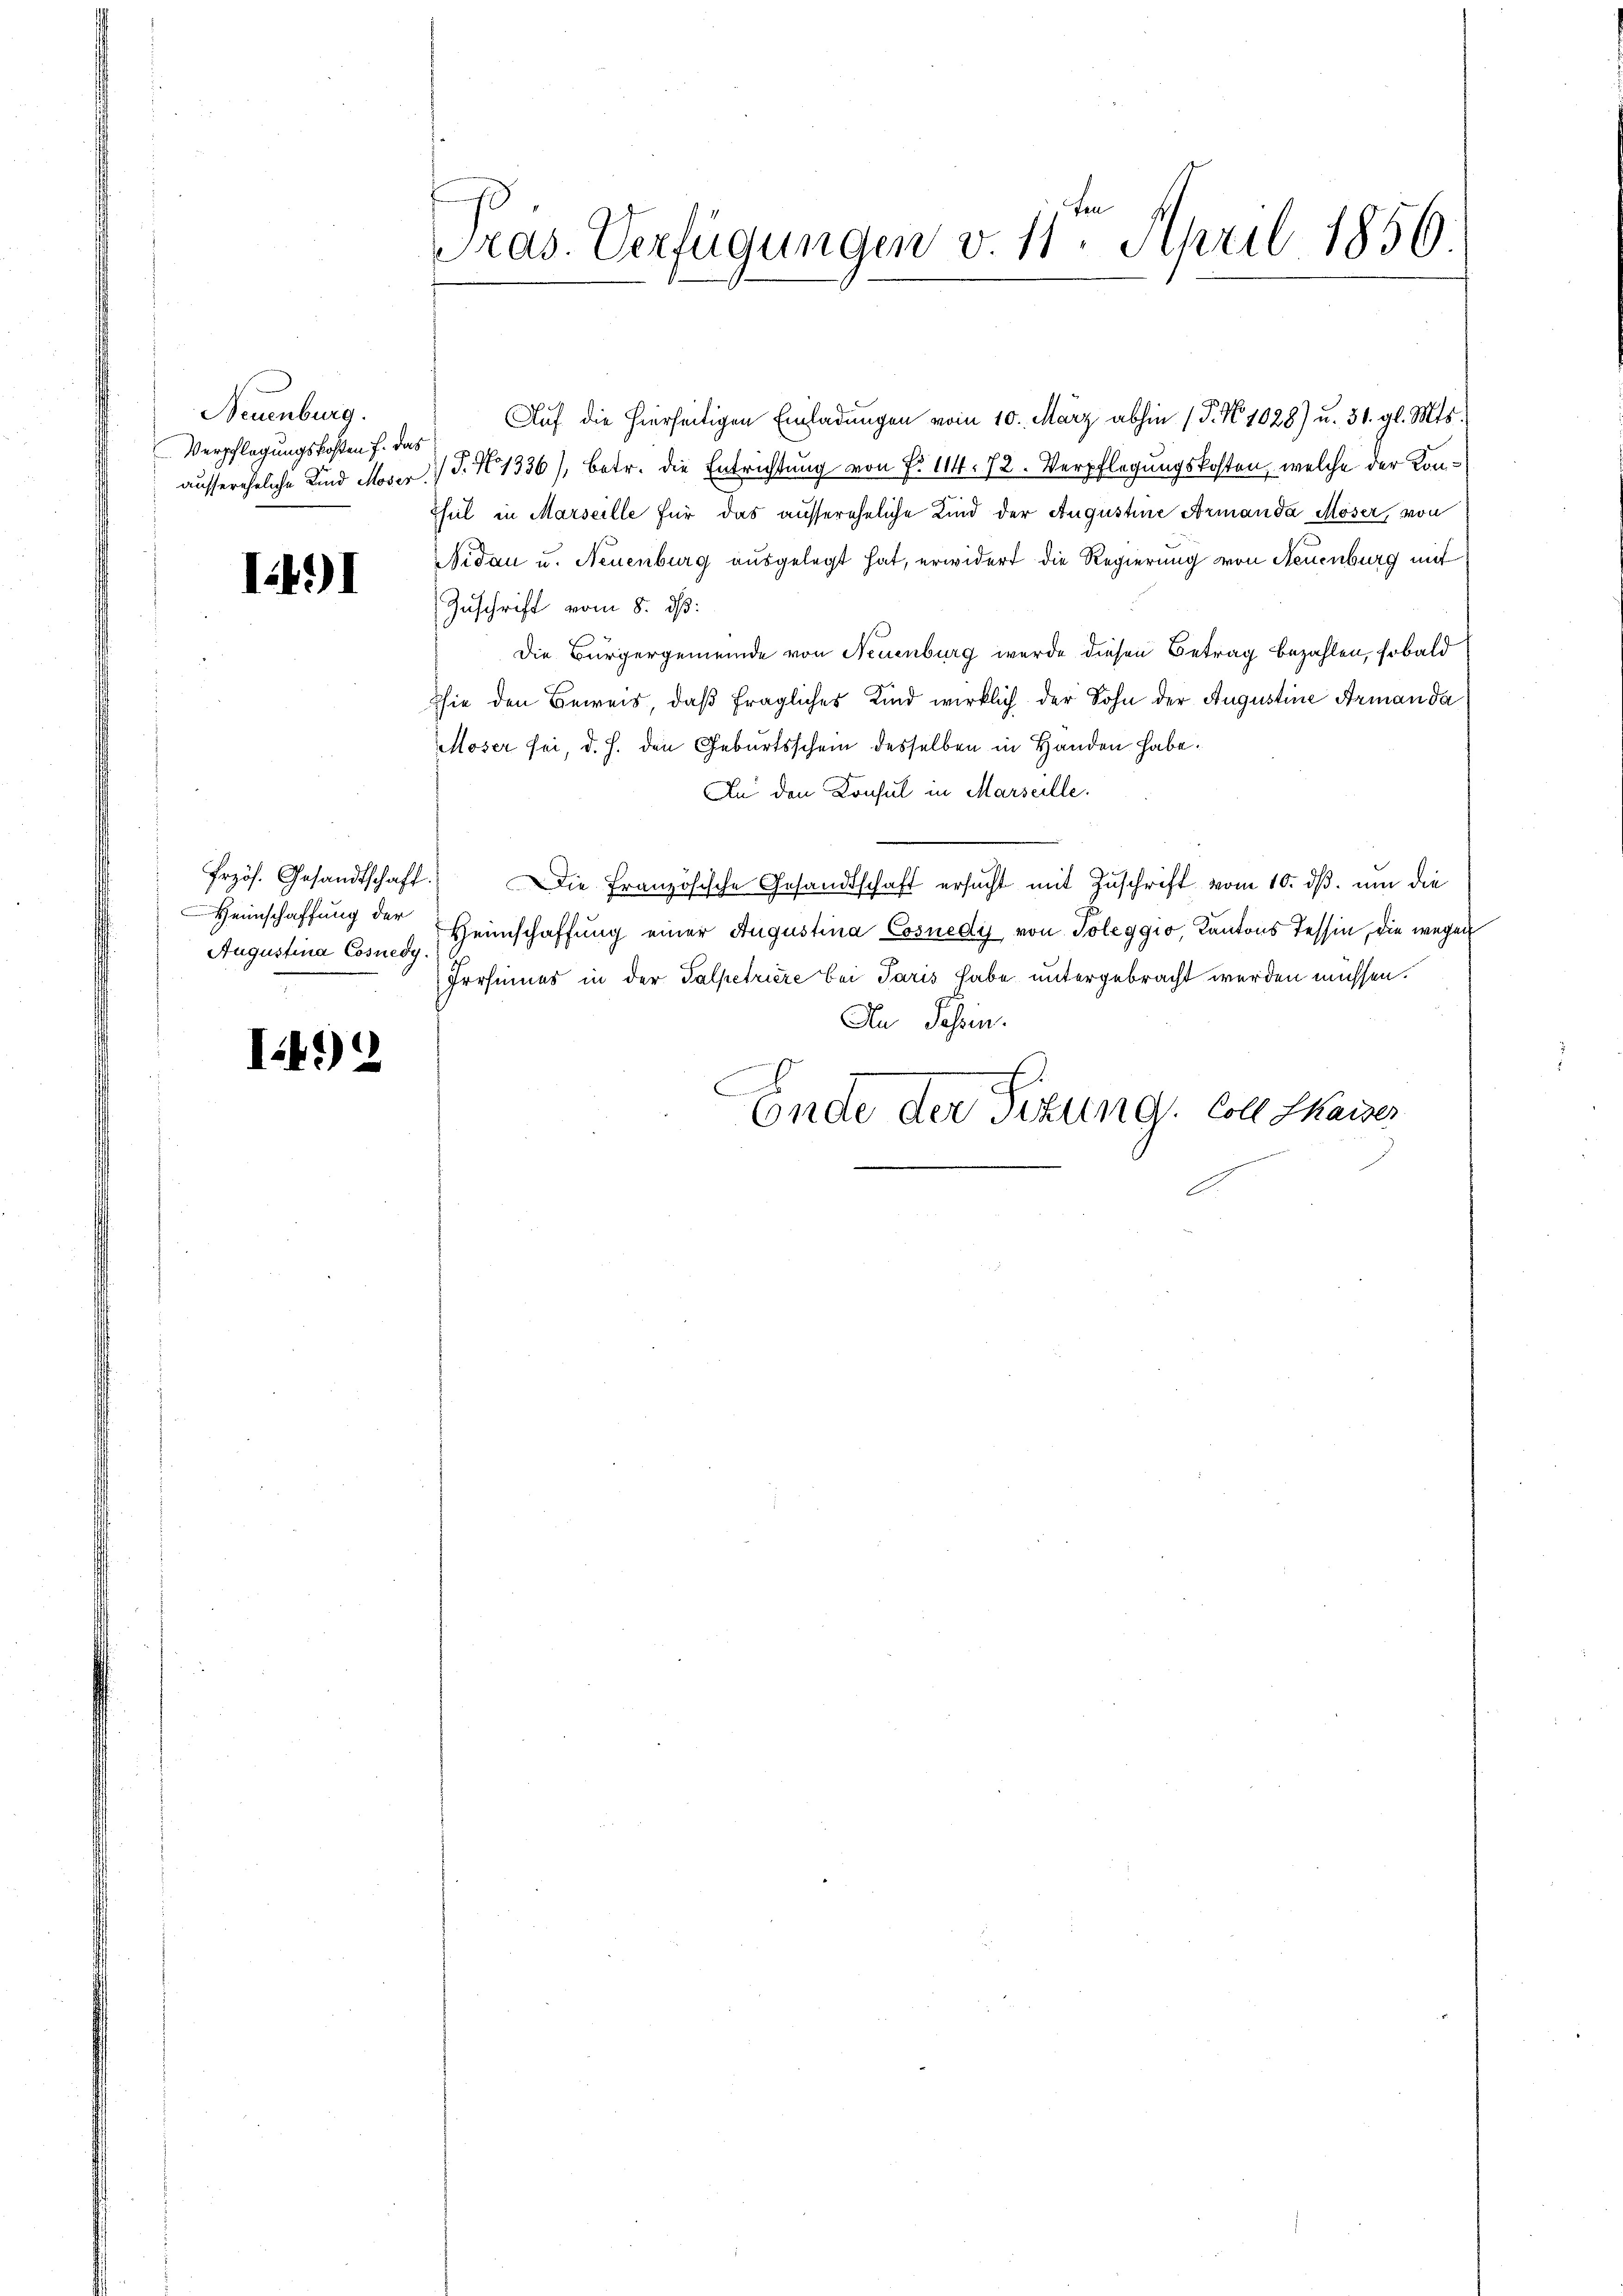
Neuenburg.
Verpflegungskosten f. das

141

einschaffung der
Augustina Cosnedy.

I4)

.
s
Pras. Verfügungen v. 11. April 1850

Auf die hierseitigen Einladŭngen vom 10. März abhin (P. Nr. 1028) u. 31. gl. Mts.
aussereheliche Kind Moser. J. N. 1336), betr. die Entrichtung von N. 114. 72. Verpflegungskosten, welche der Konhel in Marseille für das aussereheliche Kind der Augustine Armanda Moser, von
idau u. Neuenburg ausgelegt hat, erwidert die Regierung von Neuenburg mit
Zuschrift vom 8. dß:
Die Bürgergemeinde von Neuenburg wurde diesen Betrag bezahlen, sobald
thie den Beweis, daß fragliches Kind wirklich der Sohn der Augustine Armanda
Moser sei, d. h. den Geburtsschein desselben in Handen habe.
An den Konsul in Marseille.
frzös. Gesandtschaft. Die französische Gesandtschaft ersŭcht mit Zŭschrift vom 10. dβ. um die
Heimschaffung einer Augustina Cosnedy von Toleggio, Kantons Tessin, die wegen
Irosines in der Salpetriere bei Paris habe untergebracht werden müssen.
An Schrein.
Ende der Sitzung. Coll Kaiser